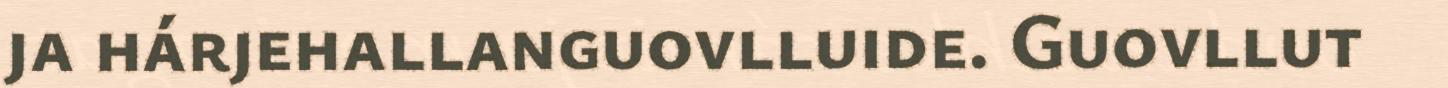
ja hárjehallanguovlluide. Guovllut